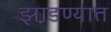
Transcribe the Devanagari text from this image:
झाडण्यात